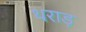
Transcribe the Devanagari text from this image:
थराड़